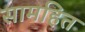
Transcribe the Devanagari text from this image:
सामहित